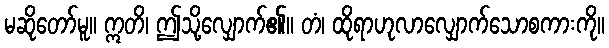
မဆိုတော်မူ။ ဣတိ၊ ဤသို့လျှောက်၏။ တံ၊ ထိုရာဟုလာလျှောက်သောစကားကို။